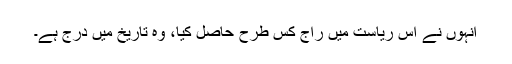
انہوں نے اس ریاست میں راج کس طرح حاصل کیا، وہ تاریخ میں درج ہے۔